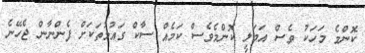
ކޮންމެ މަހަކު ވެސް އަމަލީ ކޮންމެވެސް ކަމެއް ސާކް ގައުމުތަކަށް ފެންނާން ޖެހޭނެ